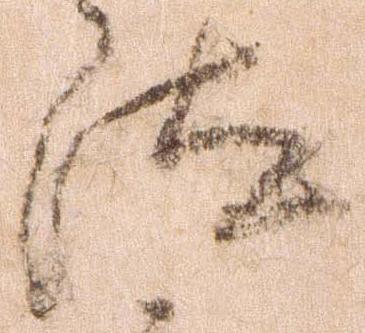
汰